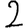
Digit: 2